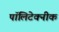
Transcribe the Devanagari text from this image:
पॉलिटेक्‍नीक